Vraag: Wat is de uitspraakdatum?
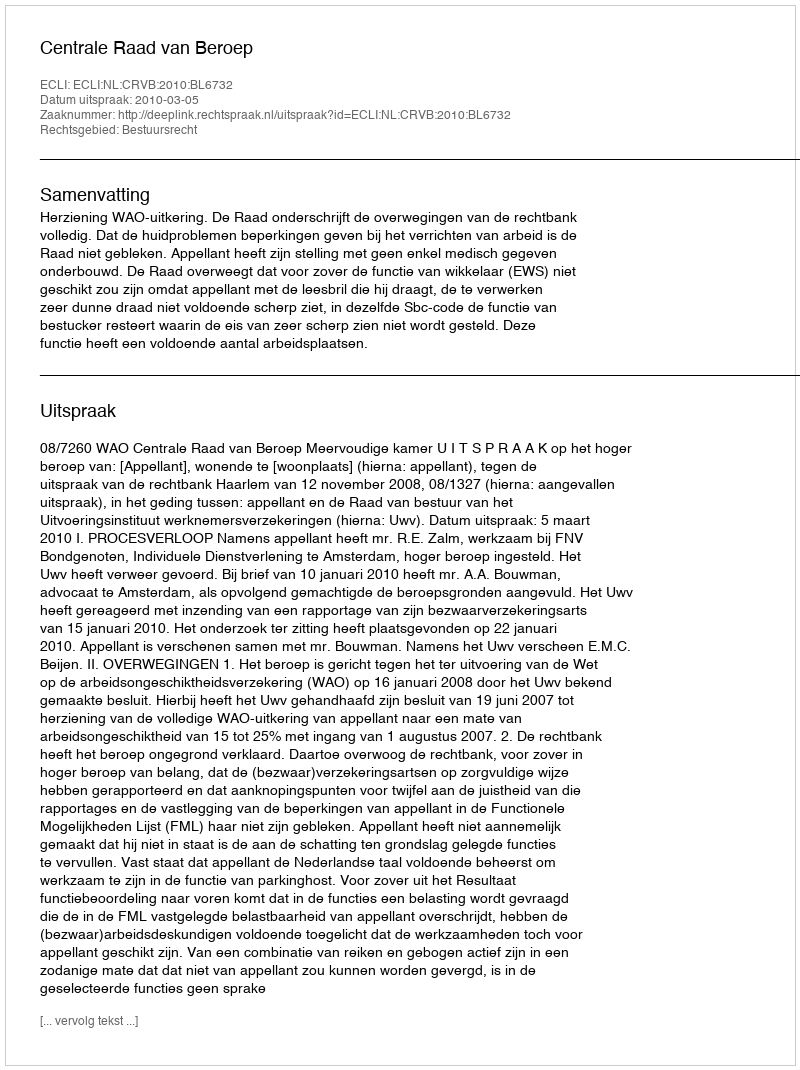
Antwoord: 2010-03-05